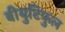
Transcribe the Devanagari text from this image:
बीयुटिफुल